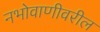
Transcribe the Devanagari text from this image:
नभोवाणीवरील